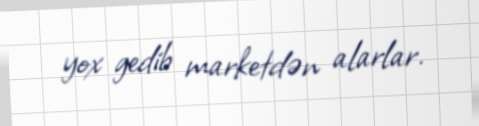
yox gedib marketdən alarlar.